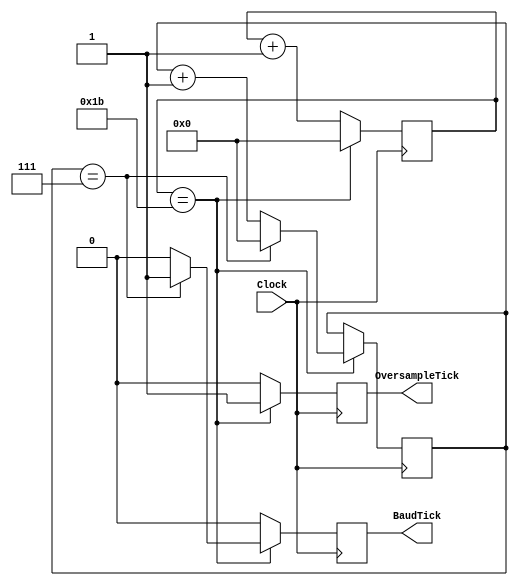
`timescale 1ns / 1ps
//////////////////////////////////////////////////////////////////////////////////
// Company: 
// Engineer: 
// 
// Design Name: 
// Module Name:    BaudRateGen 
// Project Name: 
// Target Devices: 
// Tool versions: 
// Description: 
//
// Dependencies: 
//
// Revision: 
// Revision 0.01 - File Created
// Additional Comments: 
//
//////////////////////////////////////////////////////////////////////////////////
module BaudRateGen(
    input Clock,
    output reg BaudTick,
    output reg OversampleTick
    );
	reg [31:0] OversampleCounter;
	reg [31:0] BaudCounter;
	
	initial
	begin
		OversampleCounter = 0;
		BaudCounter = 0;
		BaudTick = 0;
		OversampleTick = 0;
	end
	
	always @(posedge Clock)
	begin
		if (OversampleCounter == 27)
			begin
				OversampleCounter = 0;
				OversampleTick = 1;
				if (BaudCounter == 7)
					begin
						BaudCounter = 0;
						BaudTick = 1;
					end
				else
					begin
						BaudCounter = BaudCounter + 1;
						BaudTick = 0;
					end
			end
		else
			begin
				OversampleCounter = OversampleCounter + 1;
				OversampleTick = 0;
				BaudTick = 0;
			end
	end
endmodule